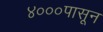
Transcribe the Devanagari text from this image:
४०००पासून